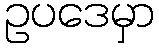
ဥပဒေမှာ